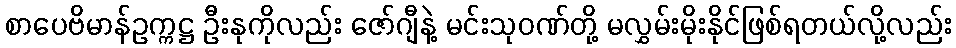
စာပေဗိမာန်ဥက္ကဋ္ဌ ဦးနုကိုလည်း ဇော်ဂျီနဲ့ မင်းသုဝဏ်တို့ မလွှမ်းမိုးနိုင်ဖြစ်ရတယ်လို့လည်း